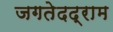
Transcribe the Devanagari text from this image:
जगतेदद्राम